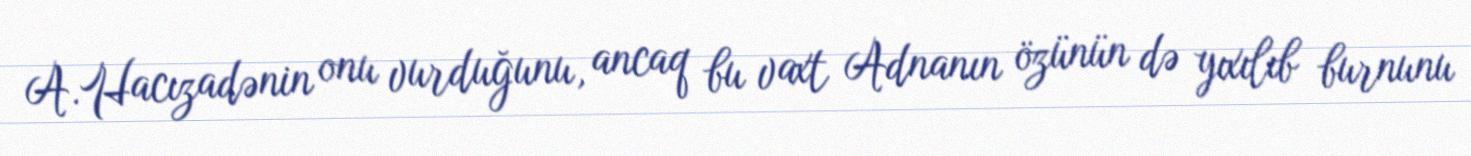
A.Hacızadənin onu vurduğunu, ancaq bu vaxt Adnanın özünün də yıxılıb burnunu